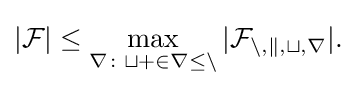
|{\cal {F|\leq \max _{r\colon t+2r\leq n}|{\mathcal {F}}_{n,k,t,r}|.}}